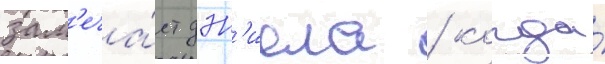
зам'еча́ет дэн'иела / когда́